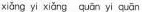
xìǎng yi xiǎng quān yi quān